Leaving Certificate Examination (including Day School Certificate (Higher) General paper), 1930
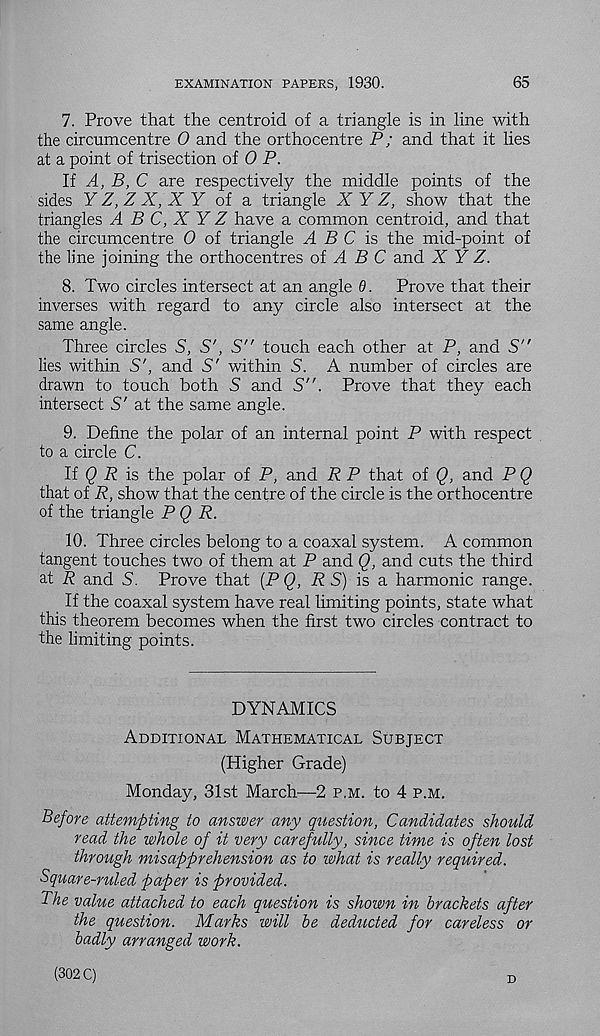
EXAMINATION PAPERS, 1930.
65
7. Prove that the centroid of a triangle is in line with
the circumcentre 0 and the orthocentre P; and that it lies
at a point of trisection of 0 P.
If A, B, C are respectively the middle points of the
sides Y Z, Z X, X Y of a triangle X Y Z, show that the
triangles A B C, X Y Z have a common centroid, and that
the circumcentre 0 of triangle 4 S C is the mid-point of
the line joining the orthocentres oi A B C and X Y Z.
8. Two circles intersect at an angle 6.
Prove that their
inverses with regard to any circle also intersect at the
same angle.
Three circles S, S', S" touch each other at P, and S"
lies within S', and S' within 5. A number of circles are
drawn to touch both S and S". Prove that they each
intersect S' at the same angle.
9. Define the polar of an internal point P with respect
to a circle C.
If <2 A is the polar of P, and R P that of Q, and P Q
that of R, show that the centre of the circle is the orthocentre
of the triangle P Q R.
10. Three circles belong to a coaxal system. A common
tangent touches two of them at P and Q, and cuts the third
at A and 5. Prove that {P Q, R S) is a harmonic range.
If the coaxal system have real limiting points, state what
this theorem becomes when the first two circles contract to
the limiting points.
DYNAMICS
Additional Mathematical Subject
(Higher Grade)
Monday, 31st March—2 p,m. to 4 p.m.
Before attempting to answer any question, Candidates should
read the whole of it very carefully, since time is often lost
through misapprehension as to what is really required.
Square-ruled paper is provided.
The value attached to each question is shown in brackets after
the question. Marks will be deducted for careless or
badly arranged work.